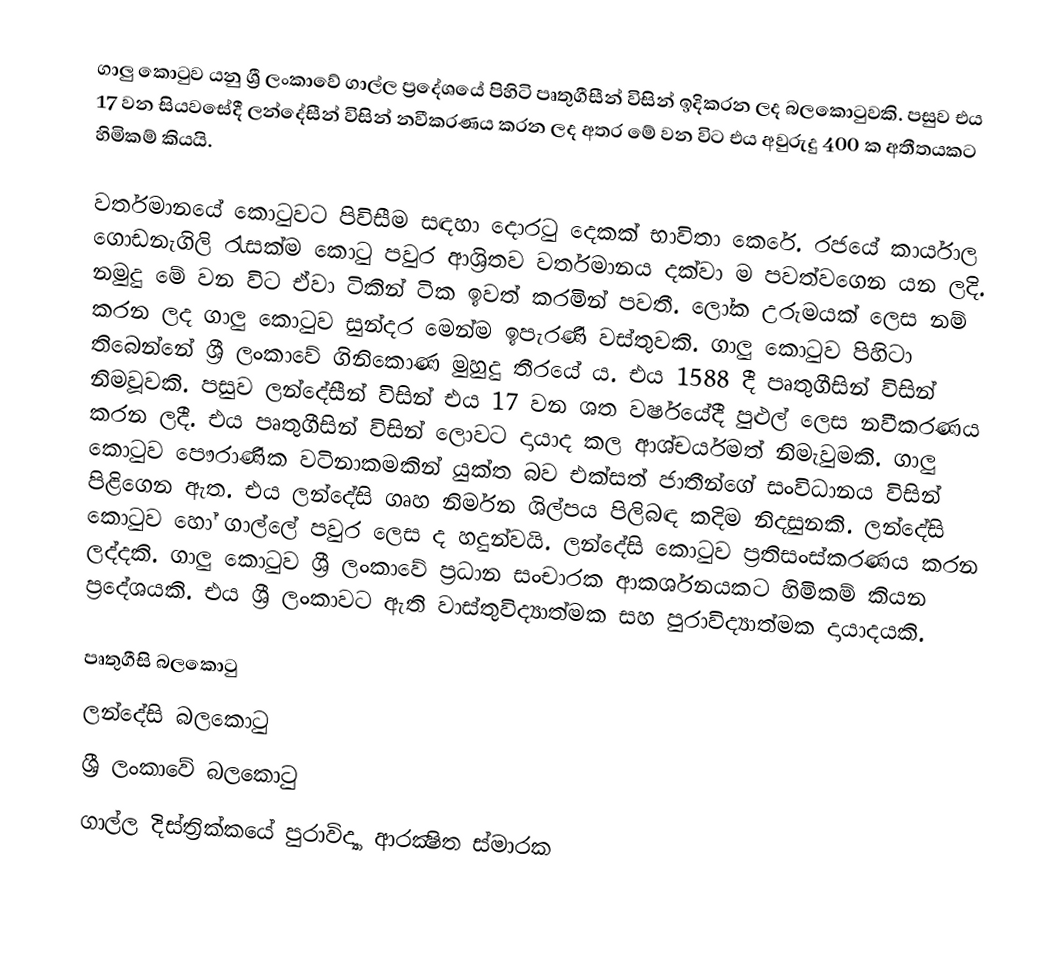
ගාලු කොටුව යනු ශ්‍රී ලංකාවේ ගාල්ල ප්‍රදේශයේ පිහිටි පෘතුගීසීන් විසින් ඉදිකරන ලද බලකොටුවකි. පසුව එය 17 වන සියවසේදී ලන්දේසීන් විසින් නවීකරණය කරන ලද අතර මේ වන විට එය අවුරුදු 400 ක අතීතයකට හිමිකම් කියයි.

වර්තමානයේ කොටුවට පිවිසීම සඳහා දොරටු දෙකක් භාවිතා කෙරේ. රජයේ කාර්යාල ගොඩනැගිලි රැසක්ම කොටු පවුර ආශ්‍රිතව වර්තමානය දක්වා ම පවත්වගෙන යන ලදි. නමුදු මේ වන විට ඒවා ටිකින් ටික ඉවත්  කරමින්  පවතී. ලෝක උරුමයක් ලෙස නම් කරන ලද ගාලු කොටුව සුන්දර මෙන්ම ඉපැරණි වස්තුවකි. ගාලු කොටුව පිහිටා තිබෙන්නේ ශ්‍රී ලංකාවේ ගිනිකොණ මුහුදු තීරයේ ය. එය 1588 දී පෘතුගීසින් විසින් නිමවූවකි. පසුව ලන්දේසීන් විසින් එය 17 වන ශත වර්ෂයේදී පුළුල් ලෙස නවීකරණය කරන ලදී. එය පෘතුගීසින් විසින් ලොවට දායාද කල ආශ්චර්යමත් නිමැවුමකි. ගාලු කොටුව පෞරාණික වටිනාකමකින් යුක්ත බව එක්සත් ජාතීන්ගේ සංවිධානය විසින් පිළිගෙන ඇත. එය ලන්දේසි ගෘහ නිර්මන ශිල්පය පිලිබඳ කදිම නිදසුනකි. ලන්දේසි කොටුව හෝ ගාල්ලේ පවුර ලෙස ද හදුන්වයි. ලන්දේසි කොටුව ප්‍රතිසංස්කරණය කරන ලද්දකි. ගාලු කොටුව ශ්‍රී ලංකාවේ ප්‍රධාන සංචාරක ආකර්ශනයකට හිමිකම් කියන ප්‍රදේශයකි. එය ශ්‍රී ලංකාවට ඇති වාස්තුවිද්‍යාත්මක සහ පුරාවිද්‍යාත්මක දායාදයකි.

පෘතුගීසි බලකොටු
ලන්දේසි බලකොටු
ශ්‍රී ලංකාවේ බලකොටු
ගාල්ල දිස්ත්‍රික්කයේ පුරාවිද්‍යා ආරක්‍ෂිත ස්මාරක